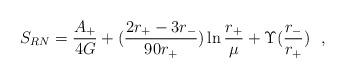
LaTeX: \begin{align*}S_{RN}={A_+\over 4G}+({2r_+-3r_-\over 90r_+})\ln {r_+\over \mu}+\Upsilon ({r_-\over r_+})~~,\end{align*}